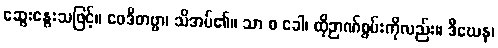
ဆွေးနွေးသဖြင့်။ ဝေဒိတဗ္ဗာ၊ သိအပ်၏။ သာ စ ခေါ၊ ထိုဉာဏ်စွမ်းကိုလည်း။ ဒီဃေန၊